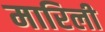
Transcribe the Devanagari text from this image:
मारिली